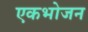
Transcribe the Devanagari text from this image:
एकभोजन